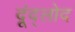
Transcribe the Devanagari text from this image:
दूंद्लोद